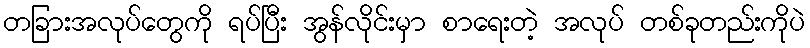
တခြားအလုပ်တွေကို ရပ်ပြီး အွန်လိုင်းမှာ စာရေးတဲ့ အလုပ် တစ်ခုတည်းကိုပဲ